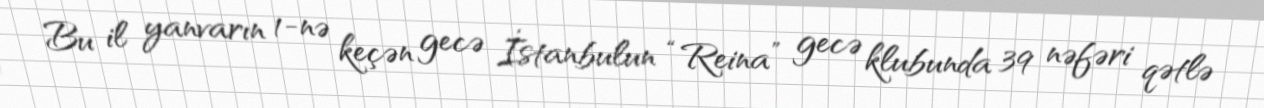
Bu il yanvarın 1-nə keçən gecə İstanbulun “Reina” gecə klubunda 39 nəfəri qətlə